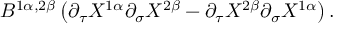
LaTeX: B ^ { 1 \alpha , 2 \beta } \left( \partial _ { \tau } X ^ { 1 \alpha } \partial _ { \sigma } X ^ { 2 \beta } - \partial _ { \tau } X ^ { 2 \beta } \partial _ { \sigma } X ^ { 1 \alpha } \right) .